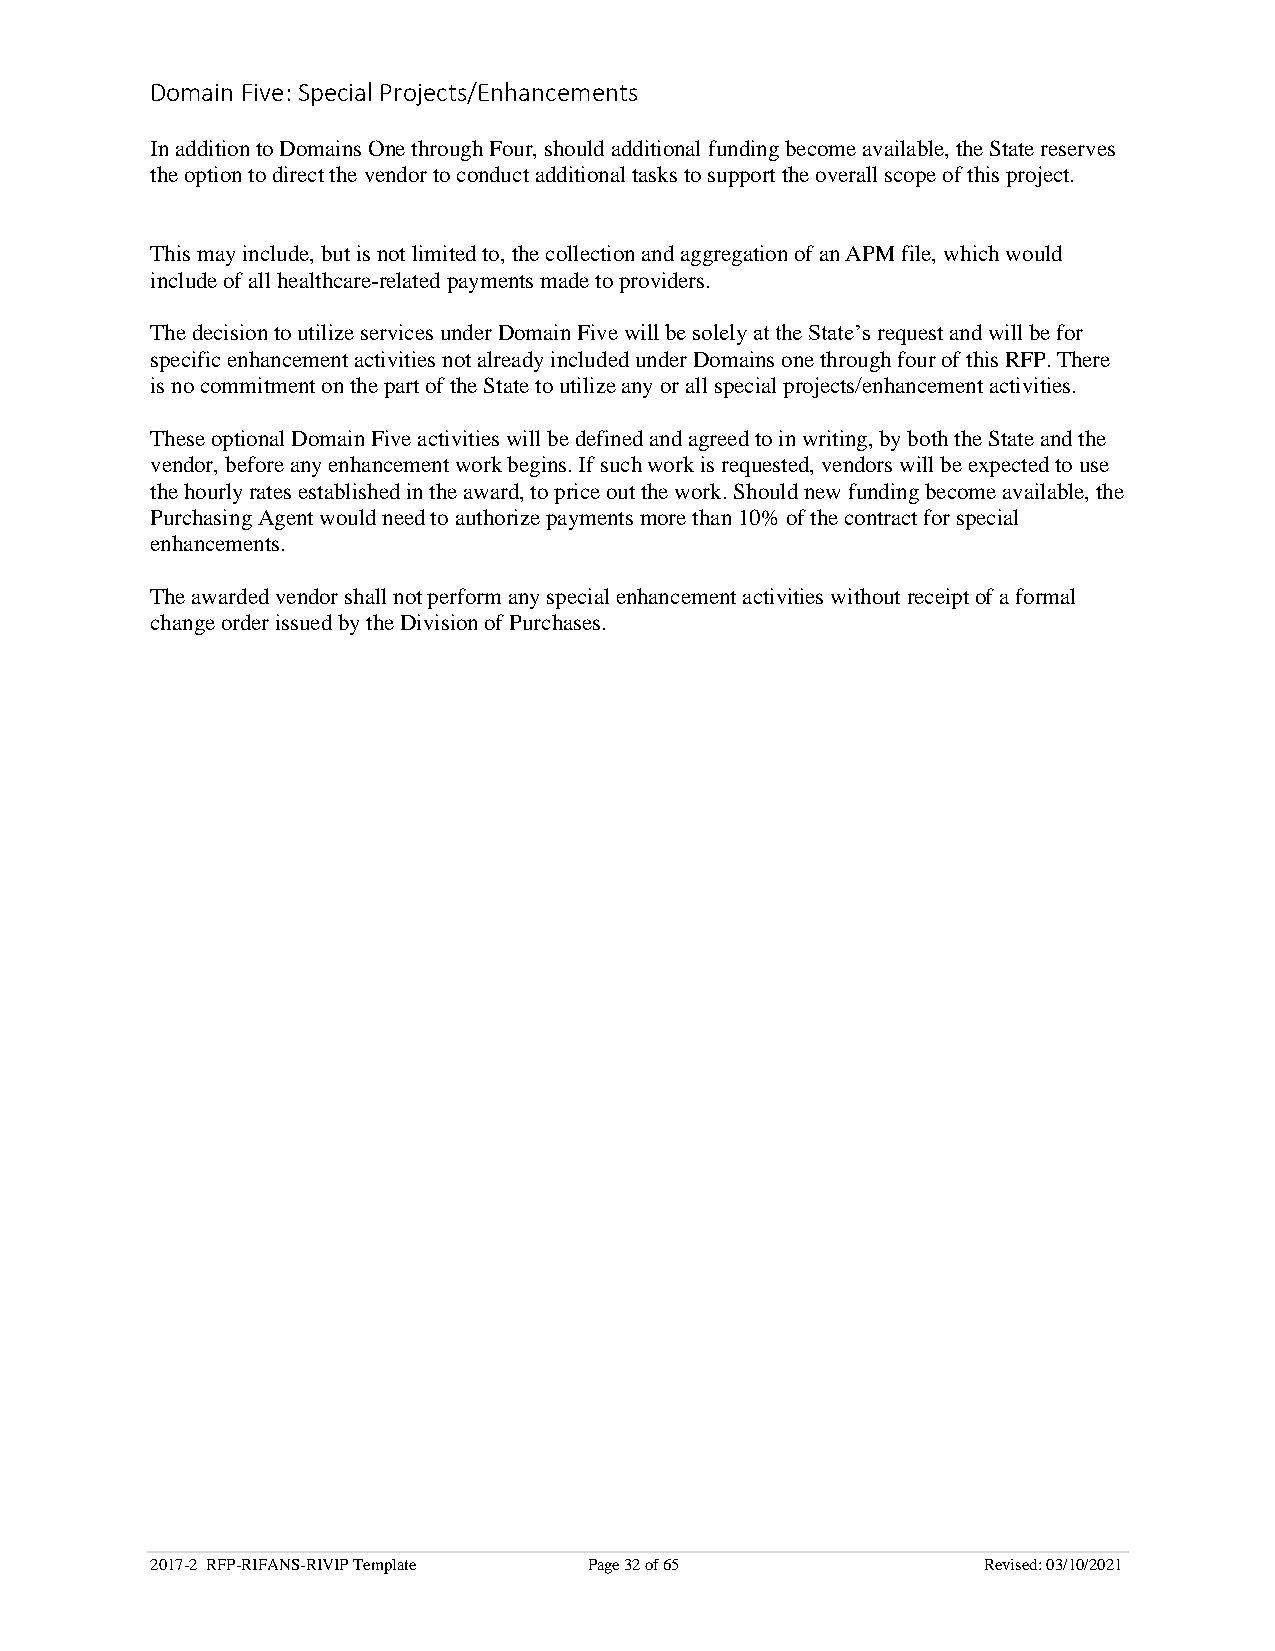
Domain Five: Special Projects/Enhancements
 In addition to Domains One through Four, should additional funding become available, the State reserves
 the option to direct the vendor to conduct additional tasks to support the overall scope of this project.
 This may include, but is not limited to, the collection and aggregation of an APM file, which would
 include of all healthcare-related payments made to providers.
 The decision to utilize services under Domain Five will be solely at the State’s request and will be for
 specific enhancement activities not already included under Domains one through four of this RFP. There
 is no commitment on the part of the State to utilize any or all special projects/enhancement activities.
 These optional Domain Five activities will be defined and agreed to in writing, by both the State and the
 vendor, before any enhancement work begins. If such work is requested, vendors will be expected to use
 the hourly rates established in the award, to price out the work. Should new funding become available, the
 Purchasing Agent would need to authorize payments more than 10% of the contract for special
 enhancements.
 The awarded vendor shall not perform any special enhancement activities without receipt of a formal
 change order issued by the Division of Purchases.
 2017-2 RFP-RIFANS-RIVIP Template Page 32 of 65         Revised: 03/10/2021